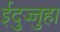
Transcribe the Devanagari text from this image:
ईदुज्जुहा